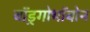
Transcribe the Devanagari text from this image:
बाॅड़्गोभाॅबोन